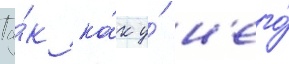
Та́к ка́к у́ н'его́